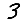
Digit: 3